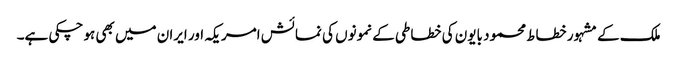
ملک کے مشہور خطاط محمود بایون کی خطاطی کے نمونوں کی نمائش امریکہ اور ایران میں بھی ہو چکی ہے۔